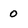
Character: 0